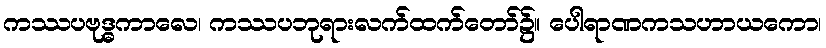
ကဿပဗုဒ္ဓကာလေ၊ ကဿပဘုရားလက်ထက်တော်၌။ ပေါရာဏကသဟာယကော၊